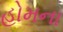
હોમના